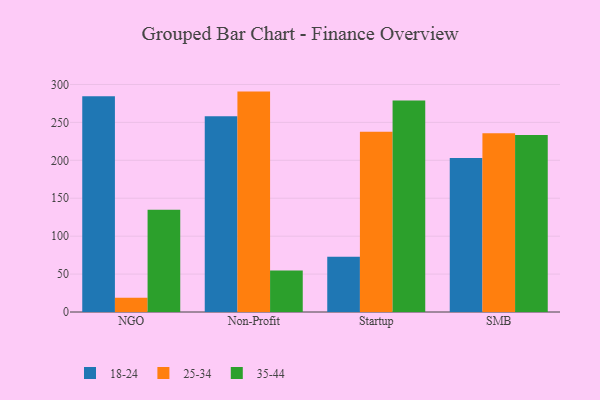
{"axis": {"x": "Segment", "y": "Latency (ms)"}, "legend": ["18-24", "25-34", "35-44"], "data": [{"x": "NGO", "y": 284.4, "type": "18-24"}, {"x": "NGO", "y": 18.9, "type": "25-34"}, {"x": "NGO", "y": 134.9, "type": "35-44"}, {"x": "Non-Profit", "y": 258.1, "type": "18-24"}, {"x": "Non-Profit", "y": 290.6, "type": "25-34"}, {"x": "Non-Profit", "y": 54.7, "type": "35-44"}, {"x": "Startup", "y": 73.0, "type": "18-24"}, {"x": "Startup", "y": 237.6, "type": "25-34"}, {"x": "Startup", "y": 278.8, "type": "35-44"}, {"x": "SMB", "y": 203.2, "type": "18-24"}, {"x": "SMB", "y": 235.8, "type": "25-34"}, {"x": "SMB", "y": 233.4, "type": "35-44"}]}